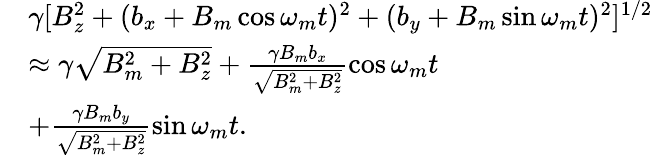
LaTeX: \begin{array}{rl}&{\gamma[B_{z}^{2}+(b_{x}+B_{m}\cos\omega_{m}t)^{2}+(b_{y}+B_{m}\sin\omega_{m}t)^{2}]^{1/2}}\\ &{\approx\gamma\sqrt{B_{m}^{2}+B_{z}^{2}}+\frac{\gamma B_{m}b_{x}}{\sqrt{B_{m}^{2}+B_{z}^{2}}}\cos\omega_{m}t}\\ &{+\frac{\gamma B_{m}b_{y}}{\sqrt{B_{m}^{2}+B_{z}^{2}}}\sin\omega_{m}t.}\end{array}